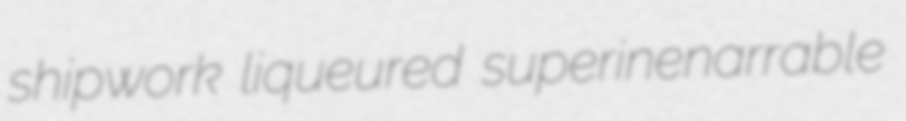
shipwork liqueured superinenarrable